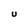
Character: U